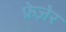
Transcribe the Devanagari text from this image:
फ्रेज़ेर